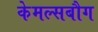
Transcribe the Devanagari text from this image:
केमल्सबौग